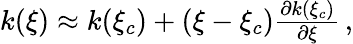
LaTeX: \begin{array}{r}{k(\xi)\approx k(\xi_{c})+(\xi-\xi_{c})\frac{\partial k(\xi_{c})}{\partial\xi}\, ,}\end{array}